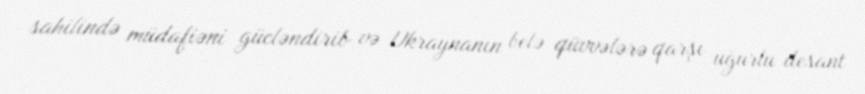
sahilində müdafiəni gücləndirib və Ukraynanın belə qüvvələrə qarşı uğurlu desant